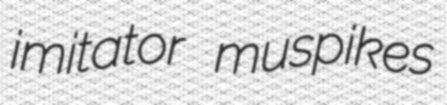
imitator muspikes